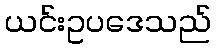
ယင်းဥပဒေသည်